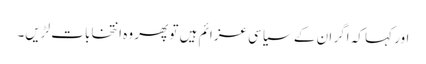
اور کہا کہ اگر ان کے سیاسی عزائم ہیں تو پھر وہ انتخابات لڑیں۔